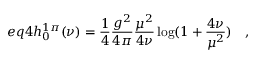
e q 4 h _ { 0 } ^ { 1 \pi } ( \nu ) = \frac { 1 } { 4 } \frac { g ^ { 2 } } { 4 \pi } \frac { \mu ^ { 2 } } { 4 \nu } \log ( 1 + \frac { 4 \nu } { \mu ^ { 2 } } ) \quad ,